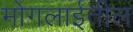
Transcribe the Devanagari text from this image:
मोगलाईतील